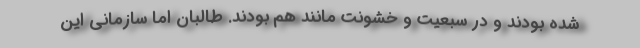
شده بودند و در سبعیت و خشونت مانند هم بودند. طالبان اما سازمانی این